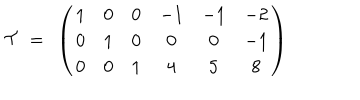
LaTeX: { \cal T } ~ = ~ \left( \begin{matrix} { { 1 } } & { { 0 } } & { { 0 } } & { { - 1 } } & { { - 1 } } & { { - 2 } } \\ { { 0 } } & { { 1 } } & { { 0 } } & { { 0 } } & { { 0 } } & { { - 1 } } \\ { { 0 } } & { { 0 } } & { { 1 } } & { { 4 } } & { { 5 } } & { { 8 } } \\ \end{matrix} \right)